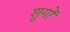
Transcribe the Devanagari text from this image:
शुगों